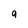
Character: 9